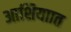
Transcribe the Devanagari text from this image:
आशियाात